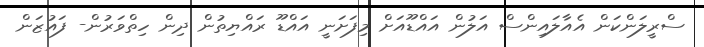
ސްރީލަންކަން އެއާލައިންސް އަލުން އައްޑޫއަށް މިފަށަނީ އައްޑޫ ރައްޔިތުން ދިން ހިތްވަރުން- ފައުޒަން